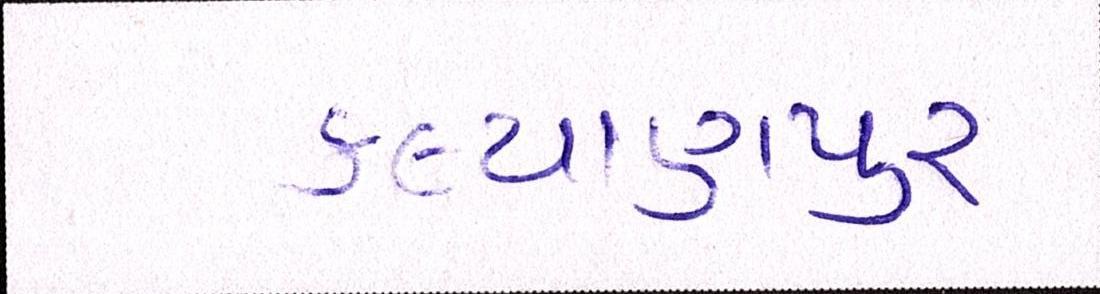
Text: કલ્યાણપુર